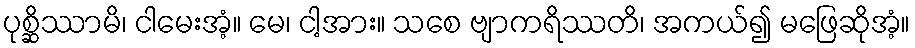
ပုစ္ဆိဿာမိ၊ ငါမေးအံ့။ မေ၊ ငါ့အား။ သစေ ဗျာကရိဿတိ၊ အကယ်၍ မဖြေဆိုအံ့။